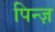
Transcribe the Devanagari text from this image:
पिन्ज़